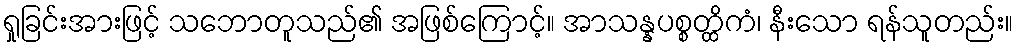
ရှုခြင်းအားဖြင့် သဘောတူသည်၏ အဖြစ်ကြောင့်။ အာသန္နပစ္စတ္ထိကံ၊ နီးသော ရန်သူတည်း။